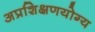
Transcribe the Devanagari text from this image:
अप्रशिक्षणयोग्य